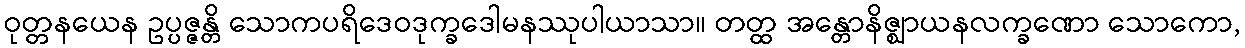
ဝုတ္တနယေန ဥပ္ပဇ္ဇန္တိ သောကပရိဒေဝဒုက္ခဒေါမနဿုပါယာသာ။ တတ္ထ အန္တောနိဇ္ဈာယနလက္ခဏော သောကော,